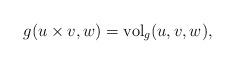
LaTeX: \begin{align*} g(u\times v,w) = \mathrm{vol}_g(u,v,w),\end{align*}